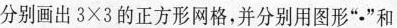
分别画出 3×3的正方形网格，并分别用图形” $$\bullet$$ ”和